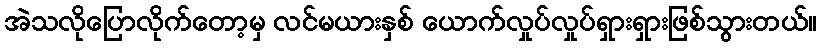
အဲသလိုပြောလိုက်တော့မှ လင်မယားနှစ် ယောက်လှုပ်လှုပ်ရှားရှားဖြစ်သွားတယ်။